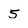
Character: 5